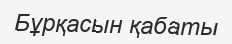
Бұрқасын қабаты